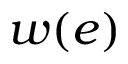
w ( e )